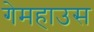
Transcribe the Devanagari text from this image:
गेमहाउस